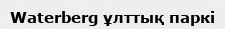
Waterberg ұлттық паркі